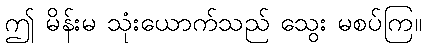
ဤ မိန်းမ သုံးယောက်သည် သွေး မစပ်ကြ။